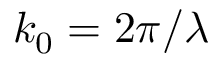
k _ { 0 } = 2 \pi / \lambda